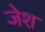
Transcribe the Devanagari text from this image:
जेश